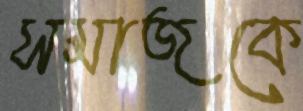
সমাজকে